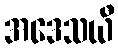
အဒေသယီ